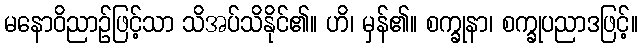
မနောဝိညာဉ်ဖြင့်သာ သိအပ်သိနိုင်၏။ ဟိ၊ မှန်၏။ စက္ခုနာ၊ စက္ခုပညာဒဖြင့်။